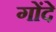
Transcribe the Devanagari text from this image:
गोंदे